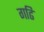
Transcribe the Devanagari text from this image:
गढि